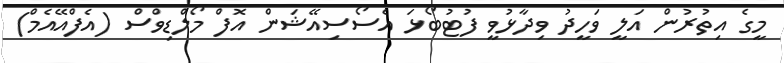
މީގެ އިތުރުން އަލީ ވަހީދު ވިދާޅުވީ ފުޓުބޯޅަ އެސޯސިއޭޝަން އޮފް މޯލްޑިވްސް (އެފްއޭއެމް)